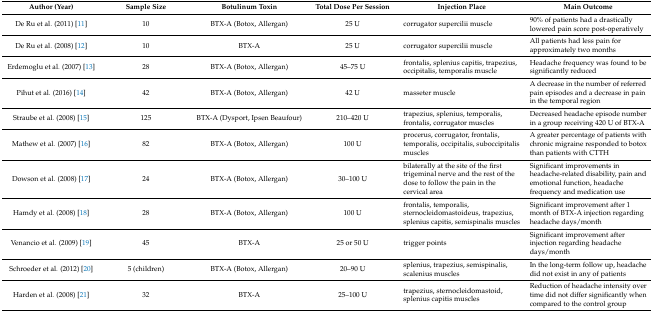
<table><thead><tr><td><b>Author (Year)</b></td><td><b>Sample Size</b></td><td><b>Botulinum Toxin</b></td><td><b>Total Dose Per Session</b></td><td><b>Injection Place</b></td><td><b>Main Outcome</b></td></tr></thead><tbody><tr><td>De Ru et al. (2011) [11]</td><td>10</td><td>BTX-A (Botox, Allergan)</td><td>25 U</td><td>corrugator supercilii muscle</td><td>90% of patients had a drastically lowered pain score post-operatively</td></tr><tr><td>De Ru et al. (2008) [12]</td><td>10</td><td>BTX-A</td><td>25 U</td><td>corrugator supercilii muscle</td><td>All patients had less pain for approximately two months</td></tr><tr><td>Erdemoglu et al. (2007) [13]</td><td>28</td><td>BTX-A (Botox, Allergan)</td><td>45–75 U</td><td>frontalis, splenius capitis, trapezius, occipitalis, temporalis muscle</td><td>Headache frequency was found to be significantly reduced</td></tr><tr><td>Pihut et al. (2016) [14]</td><td>42</td><td>BTX-A (Botox, Allergan)</td><td>42 U</td><td>masseter muscle</td><td>A decrease in the number of referred pain episodes and a decrease in pain in the temporal region</td></tr><tr><td>Straube et al. (2008) [15]</td><td>125</td><td>BTX-A (Dysport, Ipsen Beaufour)</td><td>210–420 U</td><td>trapezius, splenius, temporalis, frontalis, corrugator muscles</td><td>Decreased headache episode number in a group receiving 420 U of BTX-A</td></tr><tr><td>Mathew et al. (2007) [16]</td><td>82</td><td>BTX-A (Botox, Allergan)</td><td>100 U</td><td>procerus, corrugator, frontalis, temporalis, occipitalis, suboccipitalis muscles</td><td>A greater percentage of patients with chronic migraine responded to botox than patients with CTTH</td></tr><tr><td>Dowson et al. (2008) [17]</td><td>24</td><td>BTX-A (Botox, Allergan)</td><td>30–100 U</td><td>bilaterally at the site of the first trigeminal nerve and the rest of the dose to follow the pain in the cervical area</td><td>Significant improvements in headache-related disability, pain and emotional function, headache frequency and medication use</td></tr><tr><td>Hamdy et al. (2008) [18]</td><td>28</td><td>BTX-A (Botox, Allergan)</td><td>100 U</td><td>frontalis, temporalis, sternocleidomastoideus, trapezius, splenius capitis, semispinalis muscles</td><td>Significant improvement after 1 month of BTX-A injection regarding headache days/month</td></tr><tr><td>Venancio et al. (2009) [19]</td><td>45</td><td>BTX-A</td><td>25 or 50 U</td><td>trigger points</td><td>Significant improvement after injection regarding headache days/month</td></tr><tr><td>Schroeder et al. (2012) [20]</td><td>5 (children)</td><td>BTX-A (Botox, Allergan)</td><td>20–90 U</td><td>splenius, trapezius, semispinalis, scalenius muscles</td><td>In the long-term follow up, headache did not exist in any of patients</td></tr><tr><td>Harden et al. (2008) [21]</td><td>32</td><td>BTX-A</td><td>25–100 U</td><td>trapezius, sternocleidomastoid, splenius capitis muscles</td><td>Reduction of headache intensity over time did not differ significantly when compared to the control group</td></tr></tbody></table>